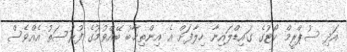
އަދި ސުޕްރީމް ކޯޓުގެ ގައިޑްލައިނާ ހިލާފަށް އެ އިންތިޚާބު ބޭއްވުމުގެ ފުރުސަތު އެއްވެސް